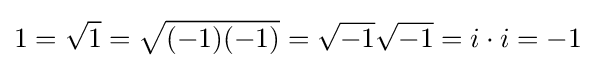
1={\sqrt {1}}={\sqrt {(-1)(-1)}}={\sqrt {-1}}{\sqrt {-1}}=i\cdot i=-1